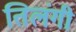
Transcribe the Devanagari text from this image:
तिलंगी